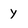
Character: y